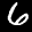
Label: 6